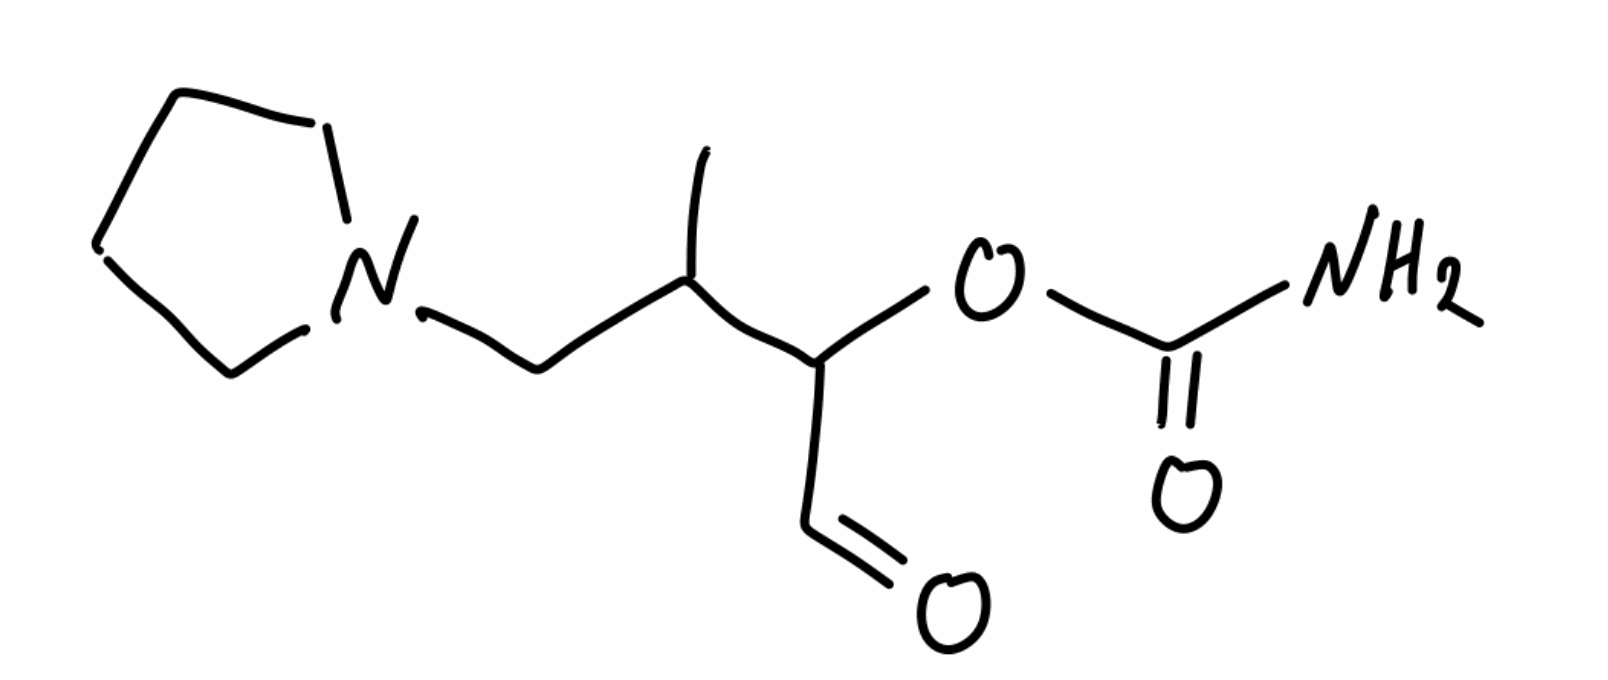
Simplified molecular-input line-entry system (SMILES) notation of the given molecule:
CC(CN1CCCC1)C(C=O)OC(=O)N